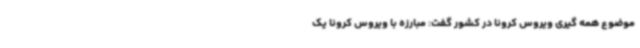
موضوع همه گیری ویروس کرونا در کشور گفت: مبارزه با ویروس کرونا یک